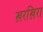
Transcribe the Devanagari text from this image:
ख़रख़िरा